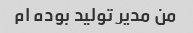
من مدیر تولید بوده ام